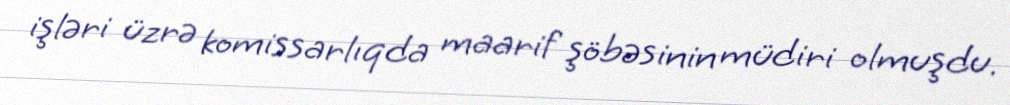
işləri üzrə komissarlıqda maarif şöbəsinin müdiri olmuşdu.